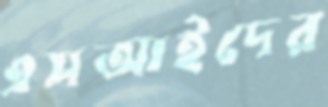
এসআইদের